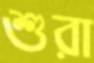
শুরা